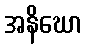
အနိဃော